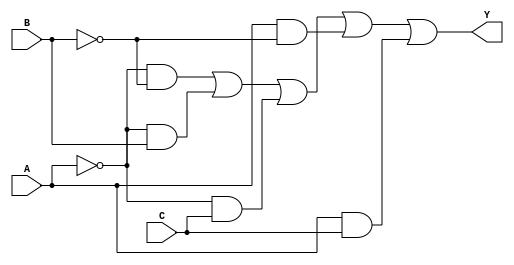
module kmap_3var (
    input wire A,  // Input variable A
    input wire B,  // Input variable B
    input wire C,  // Input variable C
    output wire Y  // Output based on K-map simplification
);

// K-map output based on the minterms
// The K-map cells correspond to the following minterms:
// Cell 0: A=0, B=0, C=0 (m0) -> Y = 1
// Cell 1: A=0, B=0, C=1 (m1) -> Y = 0
// Cell 2: A=0, B=1, C=0 (m2) -> Y = 1
// Cell 3: A=0, B=1, C=1 (m3) -> Y = 1
// Cell 4: A=1, B=0, C=0 (m4) -> Y = 1
// Cell 5: A=1, B=0, C=1 (m5) -> Y = 1
// Cell 6: A=1, B=1, C=0 (m6) -> Y = 1
// Cell 7: A=1, B=1, C=1 (m7) -> Y = 1

// The simplified expression derived from the K-map
assign Y = (~A & ~B) | (~A & B) | (~A & C) | (A & ~B) | (A & C);

endmodule